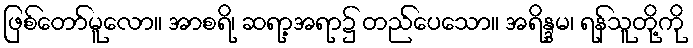
ဖြစ်တော်မူလော။ အာစရိ၊ ဆရာ့အရာ၌ တည်ပေသော။ အရိန္ဒမ၊ ရန်သူတို့ကို